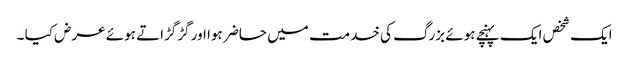
ایک شخص ایک پہنچے ہوئے بزرگ کی خدمت میں حاضر ہوا اور گڑگڑاتے ہوئے عرض کیا ۔